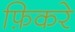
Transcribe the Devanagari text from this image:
फ़िकरे